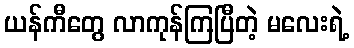
ယန်ကီတွေ လာကုန်ကြပြီတဲ့ မလေးရဲ့